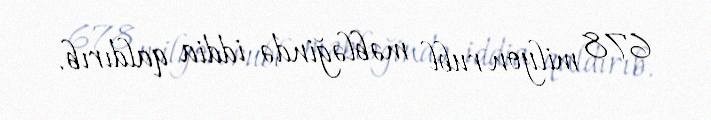
678 milyon rubl məbləğində iddia qaldırıb.